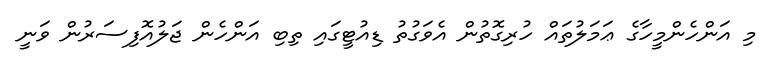
މި އަންހެންމީހާގެ ޢަމަލުތައް ހުރިގޮތުން އެވަގުތު ޑިއުޓީގައި ތިބި އަންހެން ޖަލުއޮފިސަރުން ވަނީ